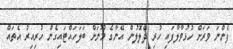
ފެންނަ ވަރަށް ހުޅުވާލާފައި ހުރި ދެލޮލުން އޭނާގެ މޫނަށް ބަލަހައްޓައިގެން ހުރިއިރު އެތައް